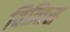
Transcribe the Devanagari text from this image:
वित्र्तिस